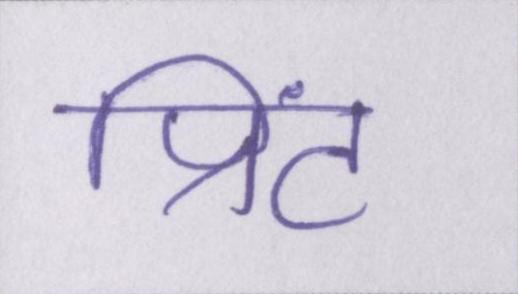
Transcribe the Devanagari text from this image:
प्रिंट